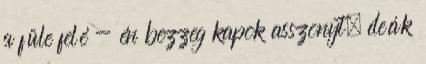
a füle felé - én bezzeg kapok asszonyt, deák